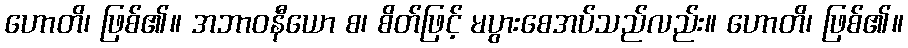
ဟောတိ၊ ဖြစ်၏။ အဘာဝနီယော စ၊ စိတ်ဖြင့် မပွားစေအပ်သည်လည်း။ ဟောတိ၊ ဖြစ်၏။